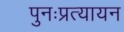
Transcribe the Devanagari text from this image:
पुनःप्रत्यायन